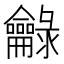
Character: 龣